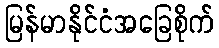
မြန်မာနိုင်ငံအခြေစိုက်